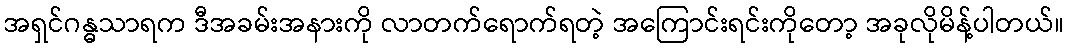
အရှင်ဂန္ဓသာရက ဒီအခမ်းအနားကို လာတက်ရောက်ရတဲ့ အကြောင်းရင်းကိုတော့ အခုလိုမိန့်ပါတယ်။